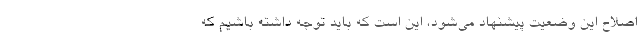
اصلاح این وضعیت پیشنهاد می‌شود، این است که باید توجه داشته باشیم که